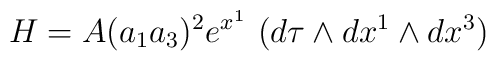
H=A(a_1a_3)^2e^{x^1}\,\,(d\tau \wedge dx^1\wedge dx^3)